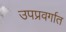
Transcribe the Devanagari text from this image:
उपप्रवर्गात